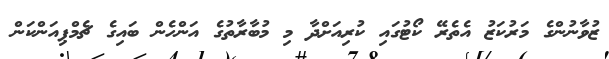
ޒުވާނުންގެ މަރުކަޒު އެތެރޭ ކޯޓުގައި ކުރިއަށްދާ މި މުބާރާތުގެ އަންހެން ބައިގެ ޗެމްޕިއަންކަން